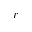
\boldsymbol { r }